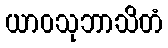
ယာဝသုဘာသိတံ